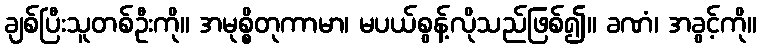
ချစ်ပြီးသူတစ်ဦးကို။ အမုစ္စိတုကာမာ၊ မပယ်စွန့်လိုသည်ဖြစ်၍။ ခဏံ၊ အခွင့်ကို။